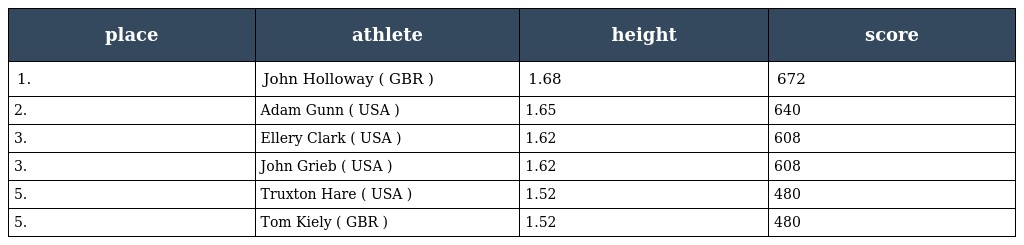
| place | athlete | height | score |
 | --- | --- | --- | --- |
 | 1. | John Holloway ( GBR ) | 1.68 | 672 |
 | 2. | Adam Gunn ( USA ) | 1.65 | 640 |
 | 3. | Ellery Clark ( USA ) | 1.62 | 608 |
 | 3. | John Grieb ( USA ) | 1.62 | 608 |
 | 5. | Truxton Hare ( USA ) | 1.52 | 480 |
 | 5. | Tom Kiely ( GBR ) | 1.52 | 480 |